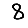
Digit: 8